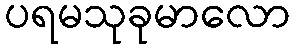
ပရမသုခုမာလော